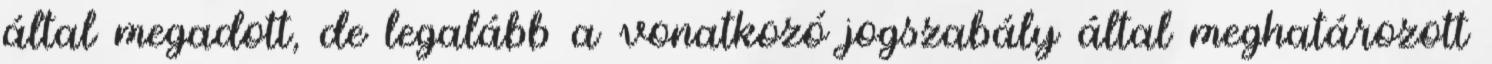
által megadott, de legalább a vonatkozó jogszabály által meghatározott